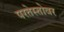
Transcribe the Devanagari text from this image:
परतेस्तोवर